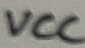
Text: VCC